Madras plague regulations and rules - Volume 2
Disease focus: Plague
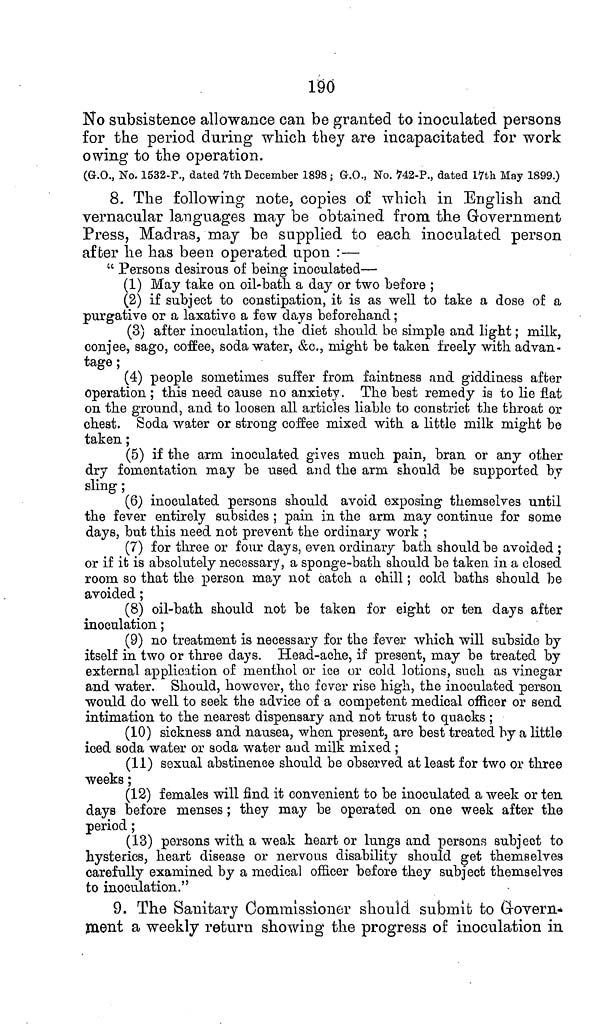
190
No subsistence allowance can be granted to inoculated persons
for the period during which they are incapacitated for work
owing to the operation.
(G.O., No. 1532-F., dated 7th December 1898 ; G.O., No. 742-P., dated 17th May 1899.)
8. The following note, copies of which in English and
vernacular languages may be obtained from the Government
Press, Madras, may be supplied to each inoculated person
after he has been operated upon :—
" Persons desirous of being inoculated—
(1) May take on oil-bath a day or two before ;
(2) if subject to constipation, it is as well to take a dose of a
purgative or a laxative a few days beforehand;
(3) after inoculation, the diet should be, simple and light; milk,
conjee, sago, coffee, soda water, &c., might be taken freely with advan-
tage ;
(4) people sometimes suffer from faintness and giddiness after
operation ; this need cause no anxiety. The best remedy is to lie flat
on the ground, and to loosen all articles liable to constrict the throat or
chest. Soda water or strong coffee mixed with a little milk might be
taken;
(5) if the arm inoculated gives much pain, bran or any other
dry fomentation may be used and the arm should be supported by
sling ;
(6) inoculated persons should avoid exposing themselves until
the fever entirely subsides ; pain in the arm may continue for some
days, but this need not prevent the ordinary work ;
(7) for three or four days, even ordinary bath should be avoided ;
or if it is absolutely necessary, a sponge-bath should be taken in a closed
room so that the person may not catch a chill; cold baths should be
avoided ;
(8) oil-bath should not be taken for eight or ten days after
inoculation;
(9) no treatment is necessary for the fever which will subside by
itself in two or three days. Head-ache, if present, may be treated by
external application of menthol or ice or cold lotions, such as vinegar
and water. Should, however, the fever rise high, the inoculated person
would do well to seek the advice of a competent medical officer or send
intimation to the nearest dispensary and not trust to quacks ;
(10) sickness and nausea, when present, are best treated by a little
iced soda water or soda water and milk mixed ;
(11) sexual abstinence should be observed at least for two or three
weeks;
(12) females will find it convenient to be inoculated a week or ten
days before menses; they may be operated on one week after the
period;
(13) persons with a weak heart or lungs and persons subject to
hysterics, heart disease or nervous disability should get themselves
carefully examined by a medical officer before they subject themselves
to inoculation."
9. The Sanitary Commissioner should submit to G-overn-
ment a weekly return showing the progress of inoculation in